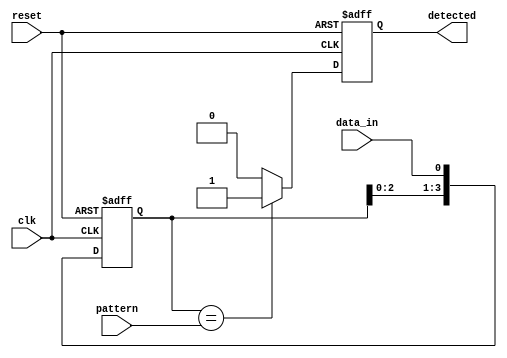
module pattern_detector #(
    parameter PATTERN_LENGTH = 4, // Length of the pattern to be detected
    parameter DATA_WIDTH = 1       // Width of the input data
)(
    input wire clk,                // Clock signal
    input wire reset,              // Reset signal
    input wire [DATA_WIDTH-1:0] data_in, // Input data stream
    input wire [PATTERN_LENGTH-1:0] pattern, // Pattern to detect
    output reg detected            // Output signal indicating detection
);

    // Shift register to hold the incoming data
    reg [PATTERN_LENGTH-1:0] shift_reg;

    always @(posedge clk or posedge reset) begin
        if (reset) begin
            // Reset the shift register and output
            shift_reg <= 0;
            detected <= 0;
        end else begin
            // Shift the data into the shift register
            shift_reg <= {shift_reg[PATTERN_LENGTH-2:0], data_in};

            // Compare the shift register with the pattern
            if (shift_reg == pattern) begin
                detected <= 1; // Pattern detected
            end else begin
                detected <= 0; // No match
            end
        end
    end

endmodule